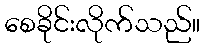
စေခိုင်းလိုက်သည်။